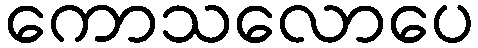
ကောသလောပေ